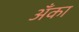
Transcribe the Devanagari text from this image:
अँका